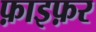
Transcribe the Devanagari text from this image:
फ़ाइफ़र